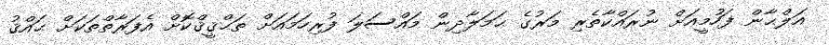
އަލްޙާން ފަހުމީއަށް ނުރައްކާތެރި މަރުގެ ޙަމަލާދިން މައްސަލަ ފުރިހަމައަށް ތަޙްޤީޤްކޮށް އެފަރާތްތަކަށް ޙައްޤު